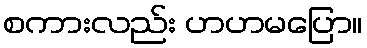
စကားလည်း ဟဟမပြော။